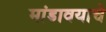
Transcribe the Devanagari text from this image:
मांडावयाचे